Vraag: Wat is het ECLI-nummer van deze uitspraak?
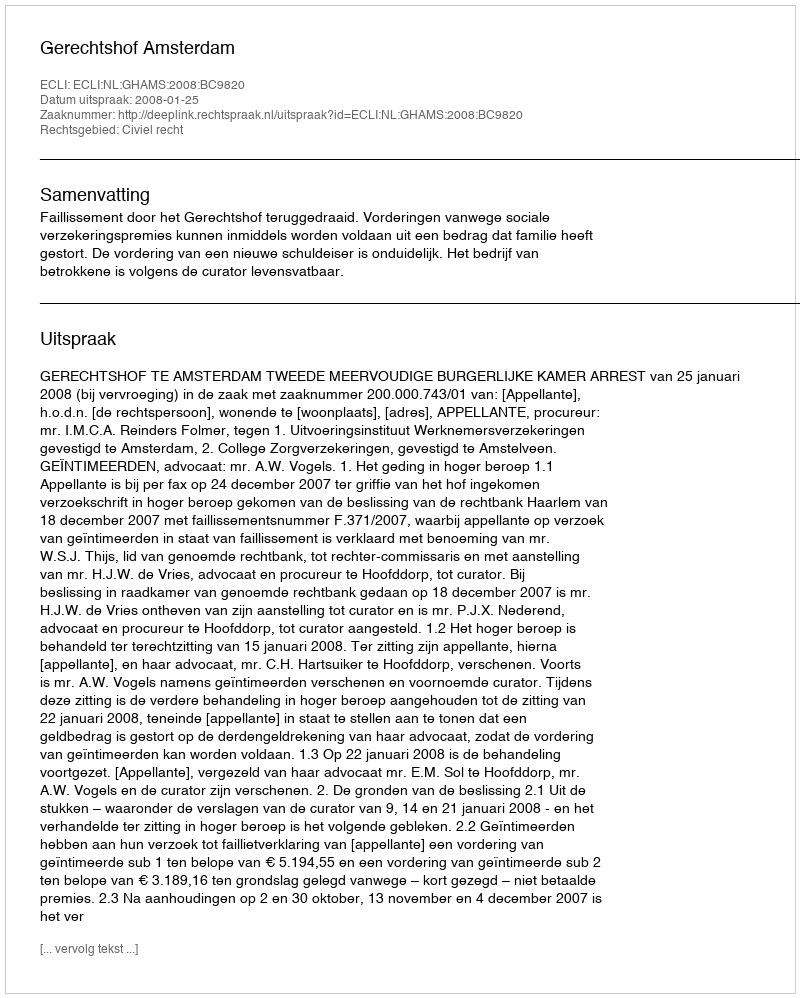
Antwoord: ECLI:NL:GHAMS:2008:BC9820